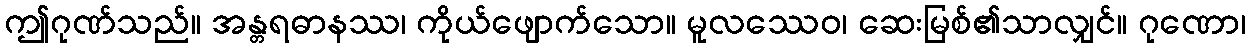
ဤဂုဏ်သည်။ အန္တရဓာနဿ၊ ကိုယ်ဖျောက်သော။ မူလဿေဝ၊ ဆေးမြစ်၏သာလျှင်။ ဂုဏော၊